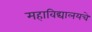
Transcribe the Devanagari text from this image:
महाविद्यालयचे